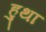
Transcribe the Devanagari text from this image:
हुथा